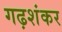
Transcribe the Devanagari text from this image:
गढ़शंकर